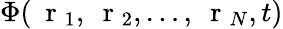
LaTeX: \Phi(\mathrm{~\mathbf~r~}_{1},\mathrm{~\mathbf~r~}_{2},\dots,\mathrm{~\mathbf~r~}_{N},t)